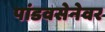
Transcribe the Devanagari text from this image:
पांडवसेनेवर